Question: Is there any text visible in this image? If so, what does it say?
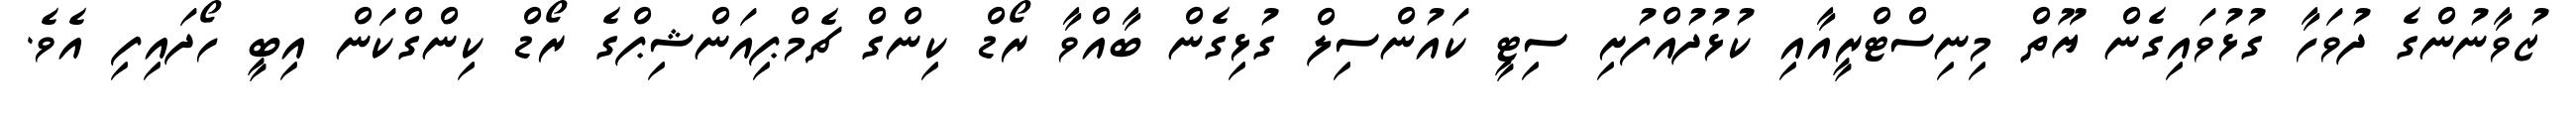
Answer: ޒުވާނުންގެ ދުވަހާ ގުޅުވައިގެން ޔޫތް މިނިސްޓްރީއާއި ކުޅުދުއްފުށި ސިޓީ ކައުންސިލް ގުޅިގެން ބާއްވާ ރޯޑް ކިންގް ޗެމްޕިއަންޝިޕްގެ ރޯޑް ކިންގްކަން އިބީ ހޯދައިފި އެވެ.